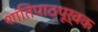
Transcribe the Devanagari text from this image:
शांतिपाठपूर्वक